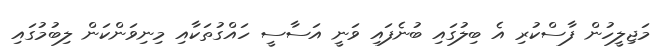
މަޖިލީހުން ފާސްކުރި އެ ބިލުގައި ބުނެފައި ވަނީ އަސާސީ ހައްގުތަކާއި މިނިވަންކަން ލިބުމުގައި